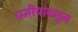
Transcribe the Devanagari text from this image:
धर्मीयांकडून